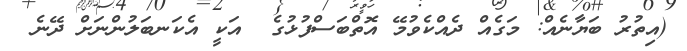
(އިތުރު ބަޔާނެއް: މަގެއް ދެއްކެވުމޭ އޮތްބަސްފުޅުގެ  އަކީ އެކަނބަލުންނަށް ދޭނެ